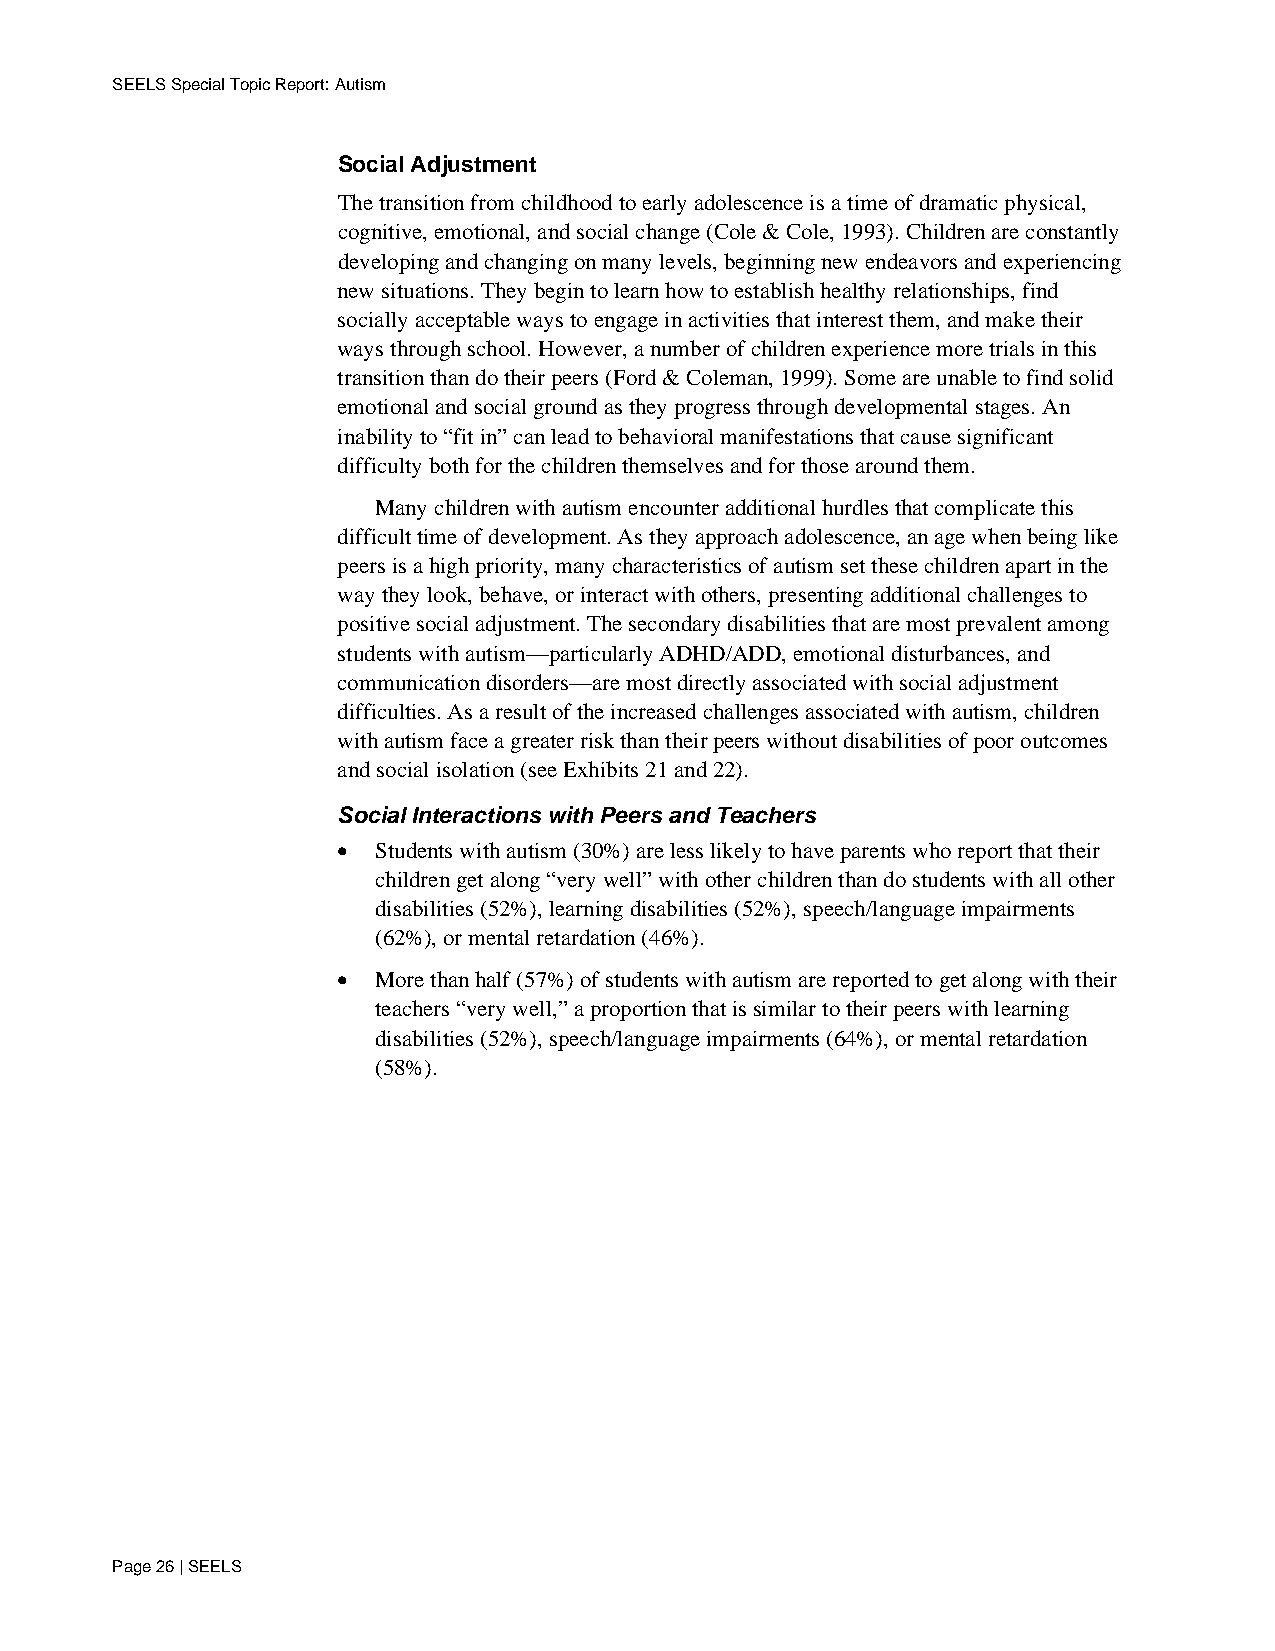
SEELS Special Topic Report: Autism
 Social Adjustment
 The transition from childhood to early adolescence is a time of dramatic physical,
 cognitive, emotional, and social change (Cole & Cole, 1993). Children are constantly
 developing and changing on many levels, beginning new endeavors and experiencing
 new situations. They begin to learn how to establish healthy relationships, find
 socially acceptable ways to engage in activities that interest them, and make their
 ways through school. However, a number of children experience more trials in this
 transition than do their peers (Ford & Coleman, 1999). Some are unable to find solid
 emotional and social ground as they progress through developmental stages. An
 inability to “fit in” can lead to behavioral manifestations that cause significant
 difficulty both for the children themselves and for those around them.
 Many children with autism encounter additional hurdles that complicate this
 difficult time of development. As they approach adolescence, an age when being like
 peers is a high priority, many characteristics of autism set these children apart in the
 way they look, behave, or interact with others, presenting additional challenges to
 positive social adjustment. The secondary disabilities that are most prevalent among
 students with autism—particularly ADHD/ADD, emotional disturbances, and
 communication disorders—are most directly associated with social adjustment
 difficulties. As a result of the increased challenges associated with autism, children
 with autism face a greater risk than their peers without disabilities of poor outcomes
 and social isolation (see Exhibits 21 and 22).
 Social Interactions with Peers and Teachers
 •  Students with autism (30%) are less likely to have parents who report that their
 children get along “very well” with other children than do students with all other
 disabilities (52%), learning disabilities (52%), speech/language impairments
 (62%), or mental retardation (46%).
 •  More than half (57%) of students with autism are reported to get along with their
 teachers “very well,” a proportion that is similar to their peers with learning
 disabilities (52%), speech/language impairments (64%), or mental retardation
 (58%).
 Page 26 | SEELS